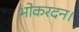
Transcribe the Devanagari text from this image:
भोकरदन।